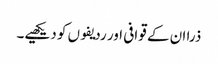
ذرا ان کے قوافی اور ردیفوں کو دیکھیے۔